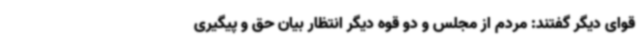
قوای دیگر گفتند: مردم از مجلس و دو قوه دیگر انتظار بیان حق و پیگیری